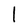
Character: l